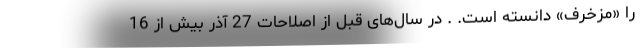
را «مزخرف» دانسته است. . در سال‌های قبل از اصلاحات 27 آذر بیش از 16